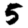
Digit: 5